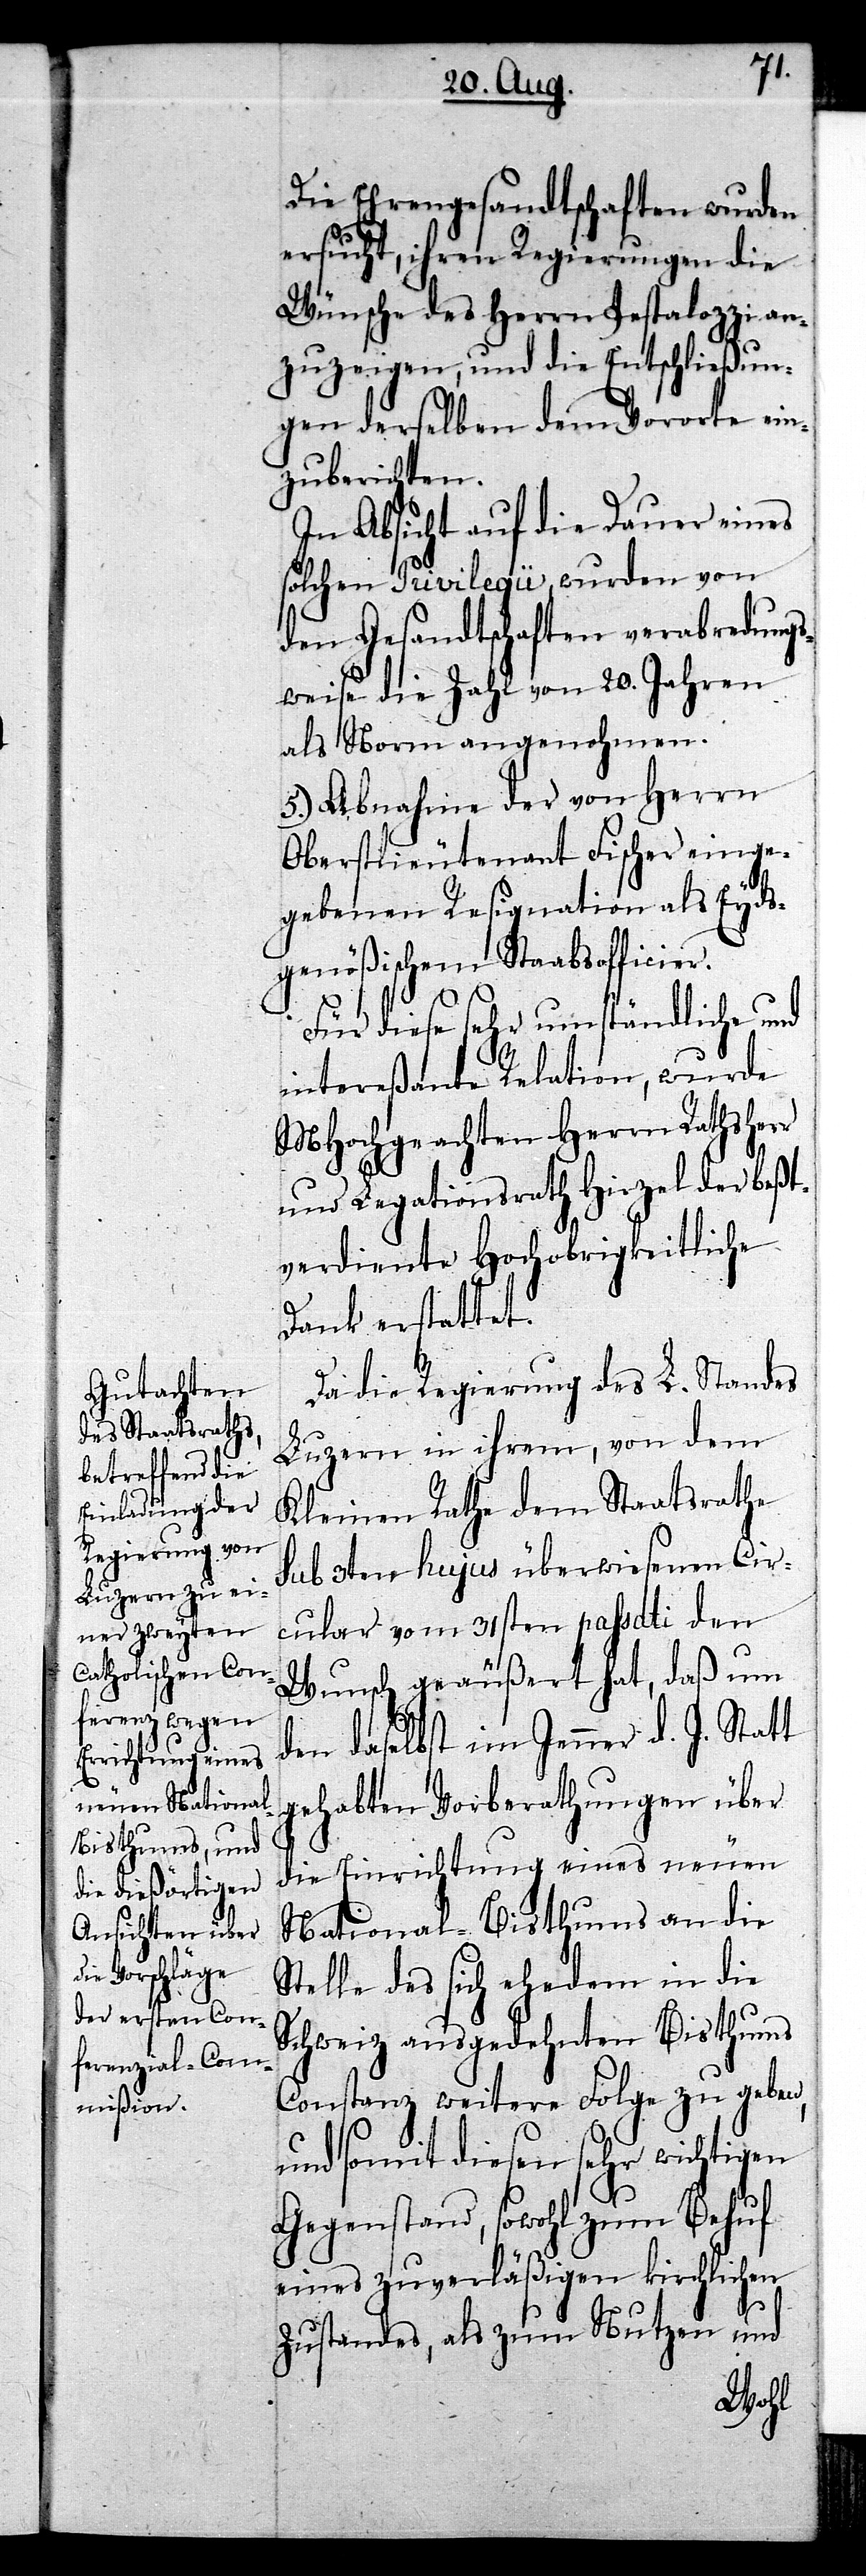
Die Ehrengesandtschaften wurden
ersucht, ihren Regierungen die
Wünsche des Herrn Pestalozzi an¬
zuzeigen, und die Entschließun¬
gen derselben dem Vororte ein¬
zuberichten.
In Absicht auf die Dauer eines
solchen Privilegii, wurden von
den Gesandtschaften verabredungs¬
weise die Zahl von 20. Jahren
als Norm angenohmen.
5.) Abnahme der von Herrn
Oberstlieutenant Fischer einge¬
gebenen Resignation als Eyds¬
genößischem Staabsofficier.
Für diese sehr umständliche und
intereßante Relation, wurde
MHochgeachten Herrn Rathsherr
und Legationsrath Hirzel der beßt¬
verdiente Hochobrigkeitliche
Dank erstattet.
Da die Regierung des L. Standes
Luzern in ihrem, von dem
Kleinen Rathe dem Staatsrathe
sub 3ten hujus überwiesenen Cir¬
cular vom 31sten passati den
Wunsch geäußert hat, daß um
den daselbst im Jenner d. J. Statt
gehabten Vorberathungen über
die Einrichtung eines neuen
National-Bisthums an die
Stelle des sich ehedem in die
Schweiz ausgedehnten Bisthums
Constanz weitere Folge zu geben,
und somit diesen sehr wichtigen
Gegenstand, sowohl zum Behuf
eines zuverläßigen kirchlichen
Zustandes, als zum Nutzen und